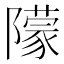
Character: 𨼿